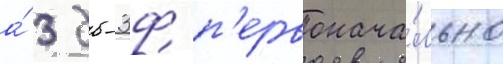
а́ 3 дб-3ф п'ервонача́льно